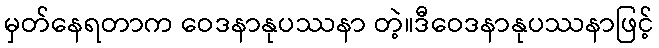
မှတ်နေရတာက ဝေဒနာနုပဿနာ တဲ့။ဒီဝေဒနာနုပဿနာဖြင့်